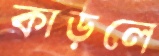
কাড়লে